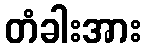
တံခါးအား